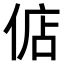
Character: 𫢶